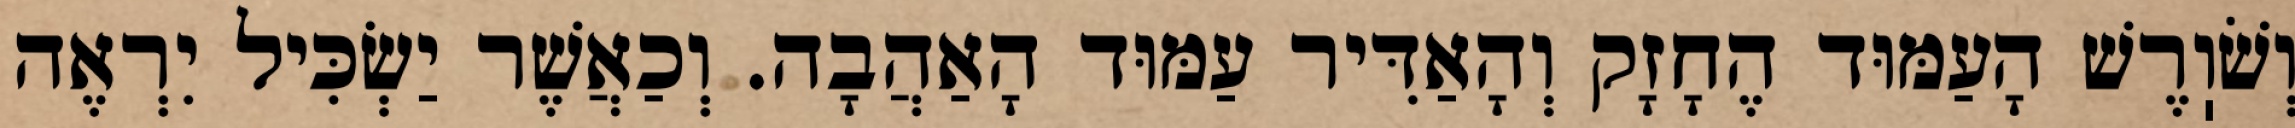
וְשֹׁוֽרֶשׁ הָעַמּוּד הֶחָזָק וְהָאַדִּיר עַמּוּד הָאַהֲבָה. וְכַאֲשֶׁר יַשְׂכִּיל יִרְאֶה